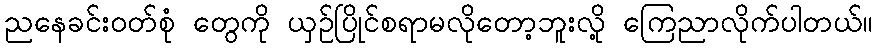
ညနေခင်းဝတ်စုံ တွေကို ယှဉ်ပြိုင်စရာမလိုတော့ဘူးလို့ ကြေညာလိုက်ပါတယ်။